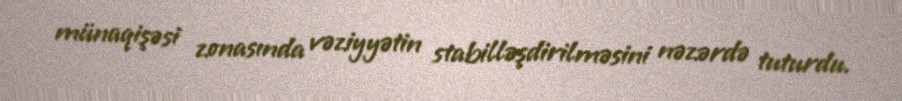
münaqişəsi zonasında vəziyyətin stabilləşdirilməsini nəzərdə tuturdu.